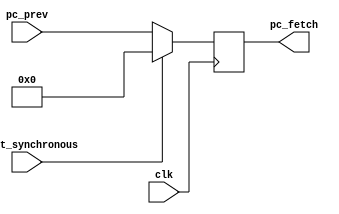
module fetch_pipeline_reg #(parameter W = 32)
    (
        input clk,
        input reset_synchronous,
        input [W-1:0] pc_prev,
        output reg [W-1:0] pc_fetch
    );

    always @(posedge clk)
        begin
            if (reset_synchronous == 1) 
				pc_fetch <= 0;
			else if (reset_synchronous == 0)
				pc_fetch <= pc_prev;
        end
endmodule